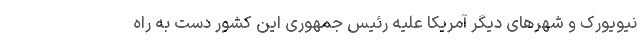
نیویورک و شهرهای دیگر آمریکا علیه رئیس جمهوری این کشور دست به راه